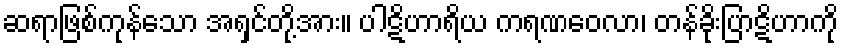
ဆရာဖြစ်ကုန်သော အရှင်တို့အား။ ပါဋိဟာရိယ ကရဏဝေလာ၊ တန်ခိုးပြာဋိဟာကို